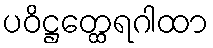
ပဝိဋ္ဌတ္ထေရဂါထာ